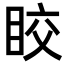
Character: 𥅟